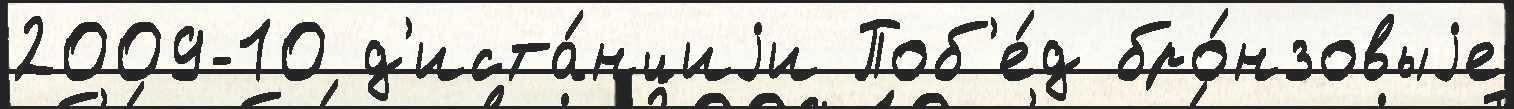
2009-10 д'иста́нциjи Поб'е́д бро́нзовыjе